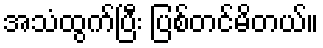
အသံထွက်ပြီး ပြစ်တင်မိတယ်။